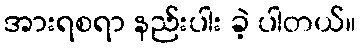
အားရစရာ နည်းပါး ခဲ့ ပါတယ်။